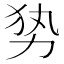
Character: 𭄣